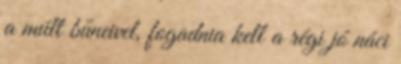
a múlt bűneivel, fogadnia kell a régi jó náci